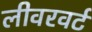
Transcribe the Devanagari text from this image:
लीवरवर्ट